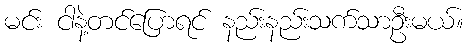
မင်း ငါနဲ့တင်ပြောရင် နည်းနည်းသက်သာဦးမယ်။